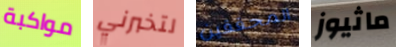
مواكبة لتخبرني المحققين ماثيوز